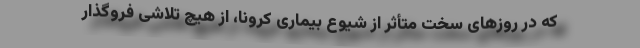
که در روزهای سخت متأثر از شیوع بیماری کرونا، از هیچ تلاشی فروگذار